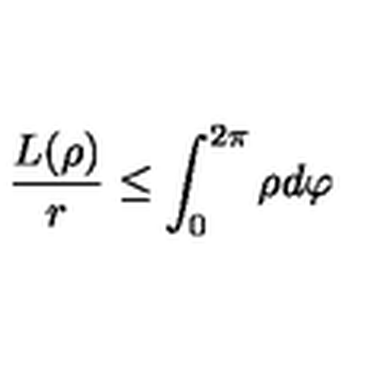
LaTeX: \frac { L ( \rho ) } { r } \leq \int _ { 0 } ^ { 2 \pi } \rho d \varphi